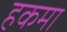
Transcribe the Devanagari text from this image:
हकमा